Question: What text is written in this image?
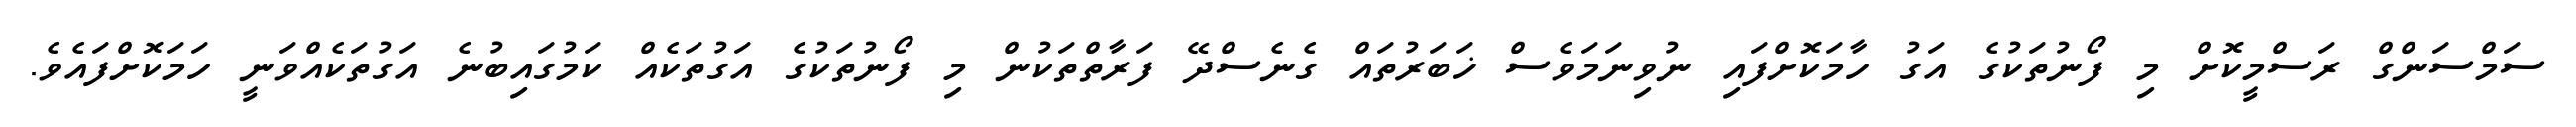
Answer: ސަމްސަންގް ރަސްމީކޮށް މި ފޯނުތަކުގެ އަގު ހާމަކޮށްފައި ނުވިނަމަވެސް ޚަބަރުތައް ގެނެސްދޭ ފަރާތްތަކުން މި ފޯނުތަކުގެ އަގުތަކެއް ކަމުގައިބުނެ އަގުތަކެއްވަނީ ހަމަކޮށްފައެވެ.